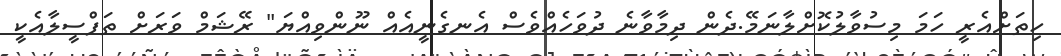
ހިތަށްއެރީ ހަމަ މިސުވާލުކޮށްލާނަމޭ.ދެން ދިމާވާނެ ދުވަހެއްވެސް އެނގެނީއެއް ނޫންވިއްޔަ" ރޭޝަމް ވަރަށް ތަފްސީލާއެކީ